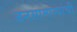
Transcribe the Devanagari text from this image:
जनसामान्यांची